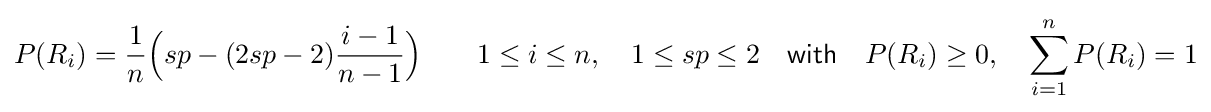
P(R_{i})={\frac {1}{n}}{\Bigl (}sp-(2sp-2){\frac {i-1}{n-1}}{\Bigr )}\quad \quad 1\leq i\leq n,\quad 1\leq sp\leq 2\quad {\mathsf {with}}\quad P(R_{i})\geq 0,\quad \sum _{i=1}^{n}P(R_{i})=1